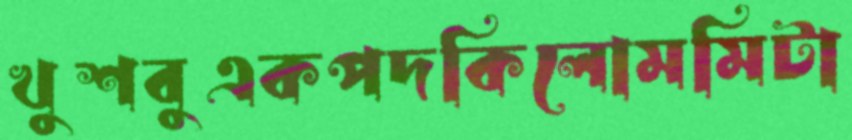
খুশবুএকপদকিলোমমিটা